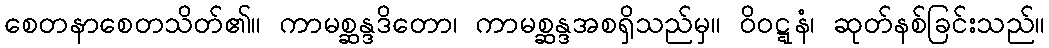
စေတနာစေတသိတ်၏။ ကာမစ္ဆန္ဒဒိတော၊ ကာမစ္ဆန္ဒအစရှိသည်မှ။ ဝိဝဋ္ဋနံ၊ ဆုတ်နစ်ခြင်းသည်။